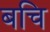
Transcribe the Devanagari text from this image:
बचि